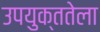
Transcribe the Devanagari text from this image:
उपयुक्ततेला